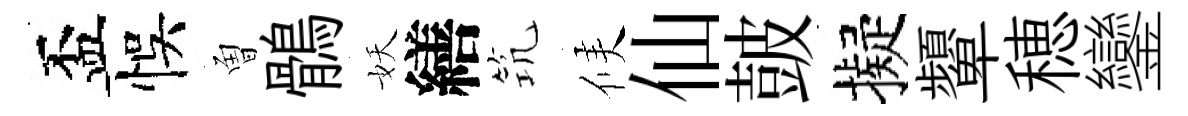
盃悞曽鶻妖繕𥬑候仙皷擬顰穂鑾